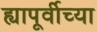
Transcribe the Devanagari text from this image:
ह्यापूर्वीच्या